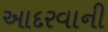
આદરવાની